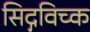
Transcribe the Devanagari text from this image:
सिद्गविच्क